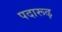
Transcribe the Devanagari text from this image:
पदारूढ़